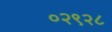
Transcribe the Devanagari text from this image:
०२९२८